Report on sanitation, dispensaries, and jails in Rajputana for 1915, and on vaccination for the year 1915-1916 - 1915-1916
Year: 1915
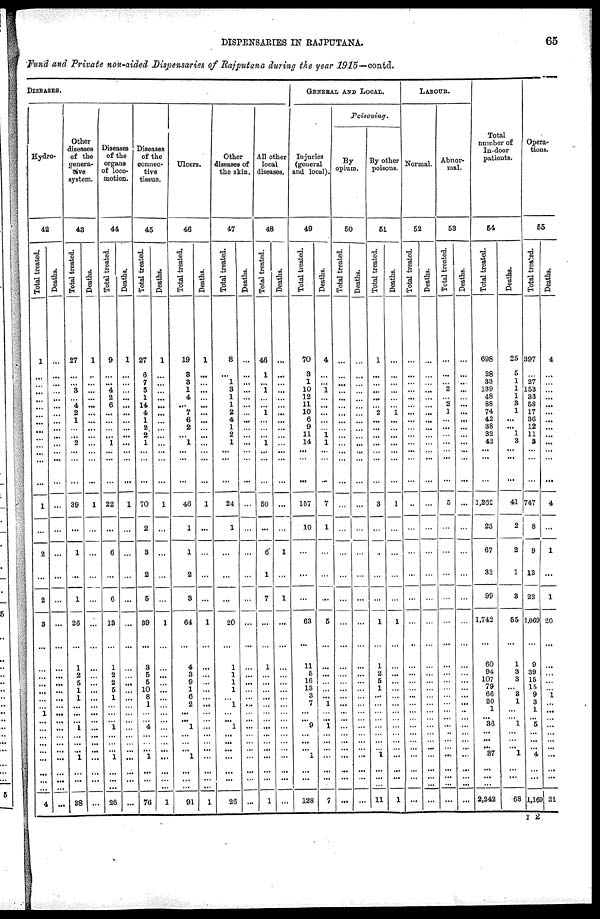
DISPENSARIES IN RAJPUTANA.
65
Fund and Private non-aided Dispensaries of Rajputana during the year 1915—contd.
DISEASES.
Hydro-
42
Total treated.
1
...
...
...
...
...
...
...
...
...
...
...
...
...
1
...
2
...
2
3
...
...
...
...
...
...
...
1
...
...
...
...
...
...
...
...
...
4
Deaths.
...
...
...
...
...
...
...
...
...
...
...
...
...
...
...
...
...
...
...
...
...
...
...
...
...
...
...
...
...
...
...
...
...
...
...
...
...
...
Other
diseases
of the
genera-
tive
system.
43
Total treated.
27
...
...
3
...
4
2
1
...
...
2
...
...
...
39
...
1
...
1
26
...
1
2
5
1
1
...
...
... 1
...
...
...
1
...
...
...
38
Deaths.
1
...
...
...
...
...
...
...
...
...
...
...
...
...
1
...
...
...
...
...
...
...
...
...
...
...
...
...
...
...
...
...
...
...
...
...
...
...
Diseases
of the
organs
of loco-
motion.
44
Total treated.
9
...
...
4
2
6
...
...
...
... 1
...
...
...
22
...
6
...
6
13
...
1
2
2
5
1
...
...
... 1
...
...
...
1
...
...
...
26
Deaths.
1
...
...
...
...
...
...
...
...
...
...
...
...
...
1
...
...
...
...
...
...
...
...
...
...
...
...
...
...
...
...
...
...
...
...
...
Diseases
of the
connec-
tive
tissue.
45
Total treated.
27
6
7
5
1
14
4
1
2
2
1
...
...
...
70
2
3
2
5
39
...
8
5
6
10
8
1
...
... 4
...
... ... 1
...
...
...
76
Deaths.
1
...
...
...
...
...
...
...
...
...
...
...
...
...
1
...
...
...
...
1
...
...
...
...
...
...
...
...
...
...
...
... ...
...
...
...
...
1
Ulcers.
46
Total treated.
19
3
3
1
4
...
7
6
2
...
1
...
...
...
46
1
1
2
3
64
...
4
3
9
1
6
2
...
... 1
...
...
... 1
...
...
...
91
Deaths.
1
...
...
...
...
...
...
...
...
...
...
...
...
...
1
...
...
...
...
1
...
...
...
...
...
...
...
...
...
...
...
...
...
...
...
...
1
Other
diseases of
the skin.
47
Total treated.
8
...
1
3
1
1
2
4
1
2
1
...
...
...
24
1
...
...
...
20
...
1
1
1
1
...
1
...
...
1
...
...
...
...
...
...
...
26
Deaths.
...
...
...
...
...
...
...
...
...
...
...
...
...
...
...
...
...
...
...
...
...
...
...
...
...
...
...
...
...
...
...
...
...
...
...
...
...
...
All other
local
diseases.
48
Total treated.
46
1
1
...
1
...
...
...
1
...
...
...
50
...
6*
1
7
...
...
1
...
...
...
...
...
...
...
...
...
...
...
...
...
...
...
1
Deaths.
...
...
...
...
...
...
...
...
...
...
...
...
...
...
...
1
...
1
...
...
...
...
...
...
...
...
...
...
...
...
...
...
...
...
...
...
...
GENERAL AND LOCAL.
Injuries
(general
and local).
49
Total treated.
70
3
1
10
12
11
10
6
9
11
14
...
...
...
157
10
...
...
...
63
...
11
5
16
13
3
7
...
... 9
...
...
... 1
...
...
...
128
Deaths.
4
...
... 1
...
...
...
...
...
1
1
...
...
...
7
1
...
...
...
5
...
...
...
...
...
...
1
...
... 1
...
...
...
...
...
...
...
7
Poisoning.
By
opium.
50
Total treated.
...
...
...
...
...
...
...
...
...
...
...
...
...
...
...
...
...
...
...
...
...
...
...
...
...
...
...
...
...
...
...
...
...
...
...
...
...
...
Deaths.
...
...
...
...
...
...
...
...
...
...
...
...
...
...
...
...
...
...
...
...
...
...
...
...
...
...
...
...
...
...
...
...
...
...
...
...
...
...
By other
poisons.
51
Total treated.
1
...
...
...
...
...
2
...
...
...
...
...
...
3
...
...
...
...
1
...
1
2
6
1
...
...
...
...
...
...
...
...
1
...
...
...
11
Deaths.
...
...
...
...
...
...
1
...
...
...
...
...
...
...
1
...
...
...
...
1
...
...
...
...
...
...
...
...
...
...
...
...
...
...
...
...
...
1
LABOUR.
Normal.
52
Total treated.
...
...
...
...
...
...
...
...
...
...
...
...
...
...
...
...
...
...
...
...
...
...
...
...
...
...
...
...
...
...
...
... ...
...
...
...
...
...
Deaths.
...
...
...
...
...
...
...
...
...
...
...
...
...
...
...
...
...
...
...
...
...
...
...
...
...
...
...
...
...
...
...
...
...
...
...
...
...
...
Abnor-
mal.
53
Total treated.
...
...
...
2
... 2
1
...
...
...
...
...
...
...
5
...
...
...
...
...
...
...
...
...
...
...
...
...
...
...
...
... ...
...
...
...
...
Deaths.
...
...
...
...
...
...
...
...
...
...
...
...
...
...
...
...
...
...
...
...
...
...
...
...
...
...
...
...
...
...
...
...
...
...
...
...
...
Total
number of
In-door
patients.
54
Total treated.
698
28
33
139
48
88
74
42
38
32
42
...
...
...
1,262
23
67
32
99
1,742
...
60
94
107
79
66
20
1
... 36
...
...
...
37
...
...
...
2,242
Deaths.
25
5
1
1
1
3
1
...
...
1
3
...
...
...
41
2
2
1
3
55
...
1
3
3
... 8
1
...
...
1
...
....
... 1
...
...
...
68
Opera-
tions.
55
Total treated.
397
...
27
153
33
58
17
36
12
11
3
...
...
...
747
8
9
13
22
1,069
...
9
39
15
15
9
3
1
... 5
...
...
...
4
...
...
...
1,169
Deaths.
4
...
...
...
...
...
...
...
...
...
...
...
...
4.
...
1
...
1
20
...
...
...
...
1
...
...
...
...
...
...
...
...
...
...
...
21
I 2